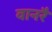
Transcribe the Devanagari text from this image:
वानरै